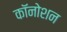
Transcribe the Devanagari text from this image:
कॉनोशन